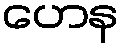
ဟေန